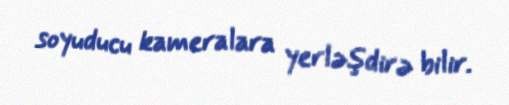
soyuducu kameralara yerləşdirə bilir.